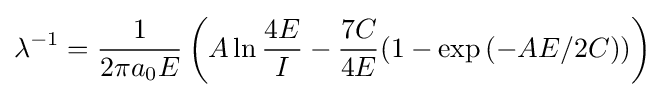
\lambda ^{-1}={\frac {1}{2\pi a_{0}E}}\left(A\ln {\frac {4E}{I}}-{\frac {7C}{4E}}(1-\exp {(-AE/2C)})\right)